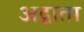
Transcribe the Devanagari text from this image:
अद्गाता